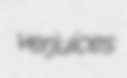
verjuices